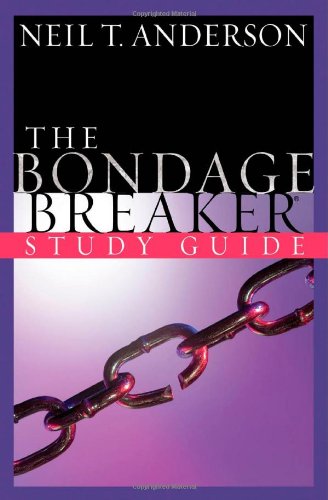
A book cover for The Bondage Breaker Study Guide; Neil T. Anderson; Christian Books & Bibles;